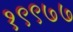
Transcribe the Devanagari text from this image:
१९९७७